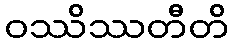
ဝဿိဿတီတိ